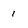
Character: 1